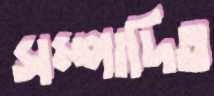
সম্পাদিত